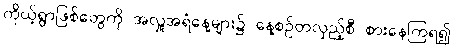
ကိုယ့်ရွာဖြစ်တွေကို အလှူအရံနေ့များ၌ နေ့စဉ်တလှည့်စီ စားနေကြရ၍